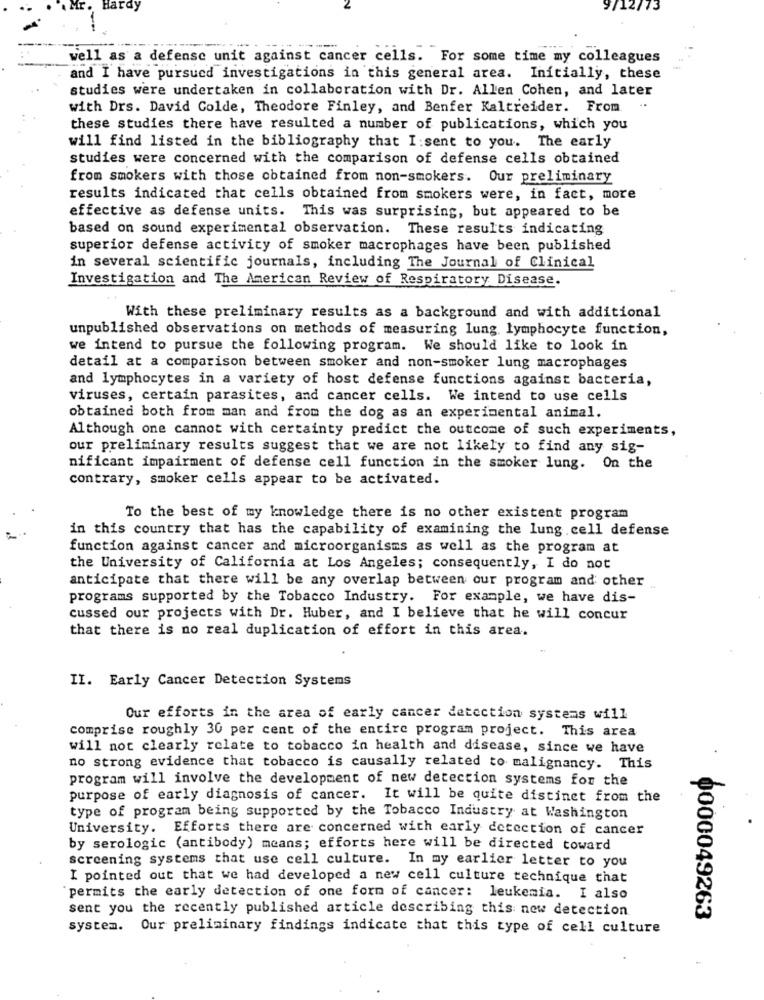
ardy
9/12/13
well as a defense unit against cancer cells. For some time my colleagues
and I have pursued investigations in this general area. Initially, these
studies were undertaken in collaboration with Dr. Allen Cohen, and later
with Drs. David Colde, Theodore Finley, and Benfer Kaltreider. From
these studies there have resulted a number of publications, which you
will find listed in the bibliography that I:sent to you. The early
studies were concerned with the comparison of defense cells obtained
from smokers with those obtained from non-smokers. Our preliminary
results indicated that cells obtained from smokers were, in fact, more
effective as defense units. This was surprising, but appeared to be
based on sound experimental observation. These results indicating
superior defense activity of smoker macrophages have been published
in several scientific journals, including The Journal of Clinical
Investigation and The American Review of Respiratory Disease.
With these preliminary results as a background and with additional
unpublished observations on methods of measuring lung lymphocyte function,
we intend to pursue the following program. We should like to look in
detail at a comparison between smoker and non-smoker lung macrophages
and lymphocytes in a variety of host defense functions against bacteria,
viruses, certain parasites, and cancer cells. We intend to use cells
obtained both from man and from the dog as an experimental animal.
Although one cannot with certainty predict the outcome of such experiments,
our preliminary results suggest that we are not likely to find any sig-
nificant impairment of defense cell function in the smoker lung. On the
contrary, smoker cells appear to be activated.
To the best of my knowledge there is no other existent program
in this country that has the capability of examining the lung cell defense
function against cancer and microorganisms as well as the program at
the University of California at Los Angeles; consequently, I do not
anticipate that there will be any overlap between our program and other
programs supported by the Tobacco Industry. For example, we have dis-
cussed our projects with Dr. Huber, and I believe that he will concur
that there is no real duplication of effort in this area.
II. Early Cancer Detection Systems
Our efforts in the area of early cancer detection systems will
comprise roughly 30 per cent of the entire program project. This area
will not clearly relate to tobacco in health and disease, since we have
no strong evidence that tobacco is causally related to malignancy. This
program will involve the development of new detection systems for the
purpose of early diagnosis of cancer. It will be quite distinct from the
type of program being supported by the Tobacco Industry at Washington
University. Efforts there are concerned with early detection of cancer
by serologic (antibody) means; efforts here will be directed toward
screening systems that use cell culture. In my earlier letter to you
I pointed out that we had developed a new cell culture technique that
permits the early detection of one form of cancer: leukemia. I also
sent you the recently published article describing this new detection
0000049263
system. Our preliminary findings indicate that this type of cell culture